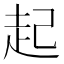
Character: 起